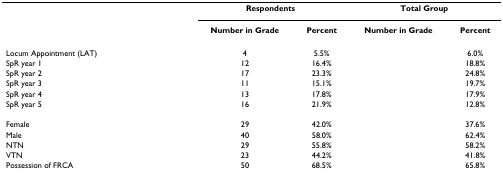
<table><thead><tr><td>[EMPTY_CELL]</td><td colspan="2"><b>Respondents</b></td><td colspan="2"><b>Total Group</b></td></tr><tr><td>[EMPTY_CELL]</td><td><b>Number in Grade</b></td><td><b>Percent</b></td><td><b>Number in Grade</b></td><td><b>Percent</b></td></tr></thead><tbody><tr><td>Locum Appointment (LAT)</td><td>4</td><td>5.5%</td><td>[EMPTY_CELL]</td><td>6.0%</td></tr><tr><td>SpR year 1</td><td>12</td><td>16.4%</td><td>[EMPTY_CELL]</td><td>18.8%</td></tr><tr><td>SpR year 2</td><td>17</td><td>23.3%</td><td>[EMPTY_CELL]</td><td>24.8%</td></tr><tr><td>SpR year 3</td><td>11</td><td>15.1%</td><td>[EMPTY_CELL]</td><td>19.7%</td></tr><tr><td>SpR year 4</td><td>13</td><td>17.8%</td><td>[EMPTY_CELL]</td><td>17.9%</td></tr><tr><td>SpR year 5</td><td>16</td><td>21.9%</td><td>[EMPTY_CELL]</td><td>12.8%</td></tr><tr><td>Female</td><td>29</td><td>42.0%</td><td>[EMPTY_CELL]</td><td>37.6%</td></tr><tr><td>Male</td><td>40</td><td>58.0%</td><td>[EMPTY_CELL]</td><td>62.4%</td></tr><tr><td>NTN</td><td>29</td><td>55.8%</td><td>[EMPTY_CELL]</td><td>58.2%</td></tr><tr><td>VTN</td><td>23</td><td>44.2%</td><td>[EMPTY_CELL]</td><td>41.8%</td></tr><tr><td>Possession of FRCA</td><td>50</td><td>68.5%</td><td>[EMPTY_CELL]</td><td>65.8%</td></tr></tbody></table>